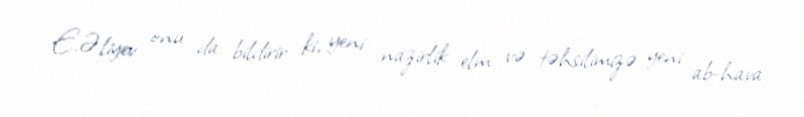
E.Əliyev onu da bildirir ki, yeni nazirlik elm və təhsilimizə yeni ab-hava